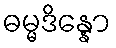
ဓမ္မဒိန္နော